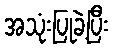
အသုံးပြုခဲ့ပြီး